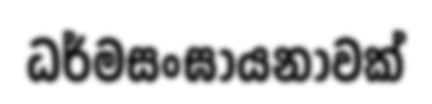
ධර්මසංඝායනාවක්